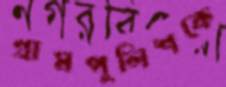
গ্রামপুলিশকে